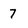
Character: 7